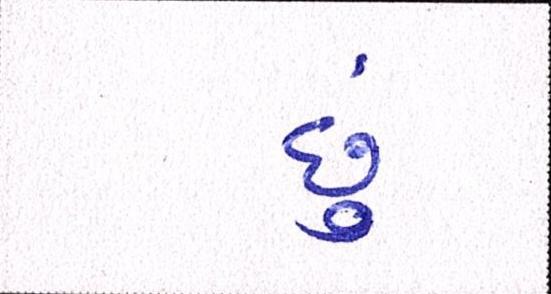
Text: છું